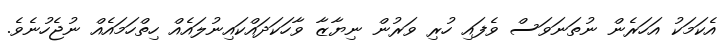
އެކަމަކު އަހަރެން ނުތަނަވަސް ވެފައި ހުރި ވަރުން ނިޔާޒާ ވާހަކަދައްކައިނުލައެއް ހިތްހަމައެއް ނުޖެހުނެވެ.